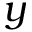
y